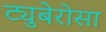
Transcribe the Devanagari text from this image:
ट्युबेरोसा